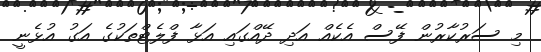
މި ސަރުކާރުން ފޭސް އެކެއް އަދި ދޭއްގައި އަޅާ ފްލެޓްތަކުގެ އަގު އުޅެނީ